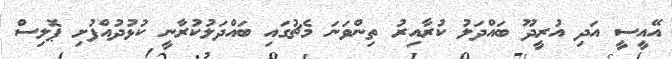
އޭއީސީ އަދި އުރީދޫ ބައްދަލު ކުރާއިރު ތިންވަނަ މެޗުގައި ބައްދަލުކުރާނީ ކުޅުދުއްފުށި ޕޮލިސް